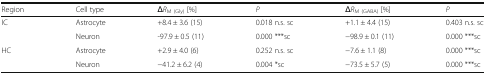
| Region | Cell type | ΔRM (Gly) [%] | P | ΔRM (GABA) [%] | P |
 | --- | --- | --- | --- | --- | --- |
 | <ROWSPAN=2> IC | Astrocyte | +8.4 ± 3.6 (15) | 0.018 n.s. sc | +1.1 ± 4.4 (15) | 0.403 n.s. sc |
 | Neuron | -97.9 ± 0.5 (11) | 0.000 ***sc | −98.9 ± 0.1 (11) | 0.000 ***sc |
 | <ROWSPAN=2> HC | Astrocyte | +2.9 ± 4.0 (6) | 0.252 n.s. sc | −7.6 ± 1.1 (8) | 0.000 ***sc |
 | Neuron | −41.2 ± 6.2 (4) | 0.004 *sc | −73.5 ± 5.7 (5) | 0.000 ***sc |